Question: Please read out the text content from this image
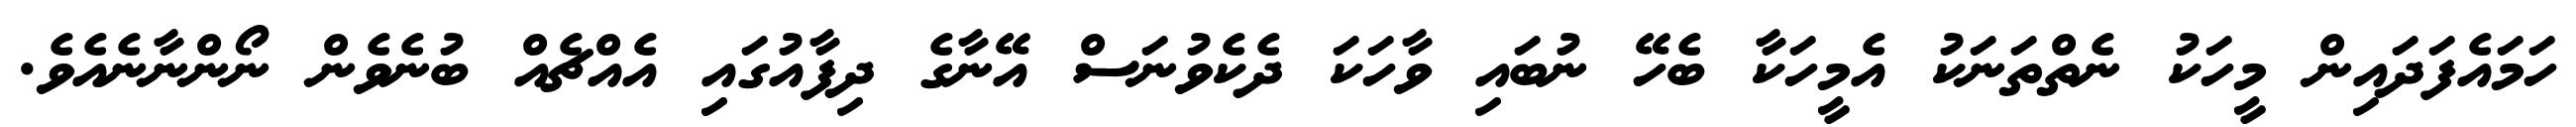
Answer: ހަމައެފަދައިން މީހަކު ނެތްތަނަކު އެމީހަކާ ބެހޭ ނުބައި ވާހަކަ ދެކެވުނަސް އޭނާގެ ދިފާއުގައި އެއްޗެއް ބުނެވެން ނޯންނާނެއެވެ.